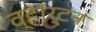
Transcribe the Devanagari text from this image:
व्हॉर्टन